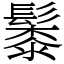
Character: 䰍